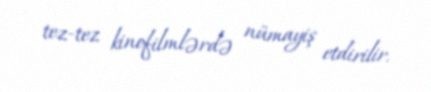
tez-tez kinofilmlərdə nümayiş etdirilir.